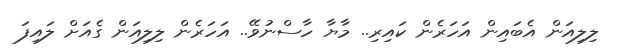
ލިލިއަން އެބައިން އަހަރެން ކައިރި.. މާޔާ ހާސްނުވޭ.. އަހަރެން ލިލިއަން ގެއަށް ލައިފަ